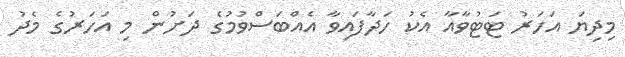
މިދިޔަ އަހަރު ޓަޓުވާއާ އެކު ހަދާފައިވާ އެއްބަސްވުމުގެ ދަށުން މި އަހަރުގެ މެދު